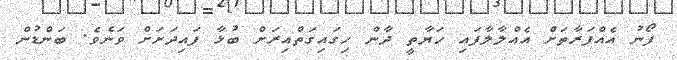
ފޯނު އެއްފަރާތަށް އެއްލާލާފައި ހަޔާތީ ދާން ހިގައިގަތްއިރަށް ބުޅާ ފައިދަށަށް ވަނެވެ. ބަންޑުން